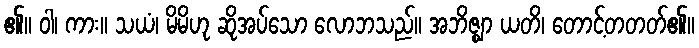
၏။ ဝါ၊ ကား။ သယံ၊ မိမိဟု ဆိုအပ်သော လောဘသည်။ အဘိဇ္ဈာ ယတိ၊ တောင့်တတတ်၏။